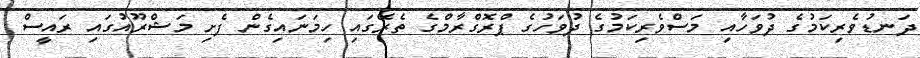
ދަނޑުވެރިކަމުގެ ދުވަހާއި މަސްވެރިކަމުގެ ދުވަހުގެ ޕްރޮގްރާމްގެ ތެރޭގައި ހިމަނައިގެން ފެށި މަޝްރޫއުގައި ރައީސް